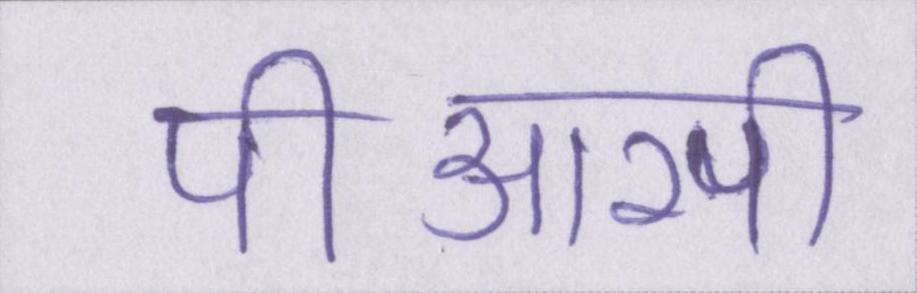
पीआरपी